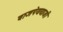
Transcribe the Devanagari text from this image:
वाजपेययाजी